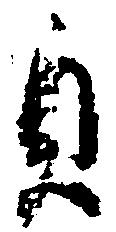
貞